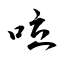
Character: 㕸